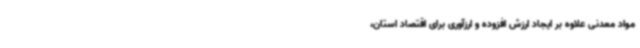
مواد معدنی علاوه بر ایجاد ارزش افزوده و ارزآوری برای اقتصاد استان،